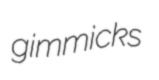
gimmicks